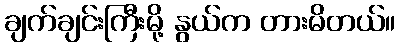
ချက်ချင်းကြီးမို့ နွယ်က တားမိတယ်။